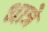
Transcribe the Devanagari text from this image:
धात्रे